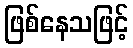
ဖြစ်နေသဖြင့်